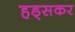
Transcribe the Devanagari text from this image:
हड्सकर